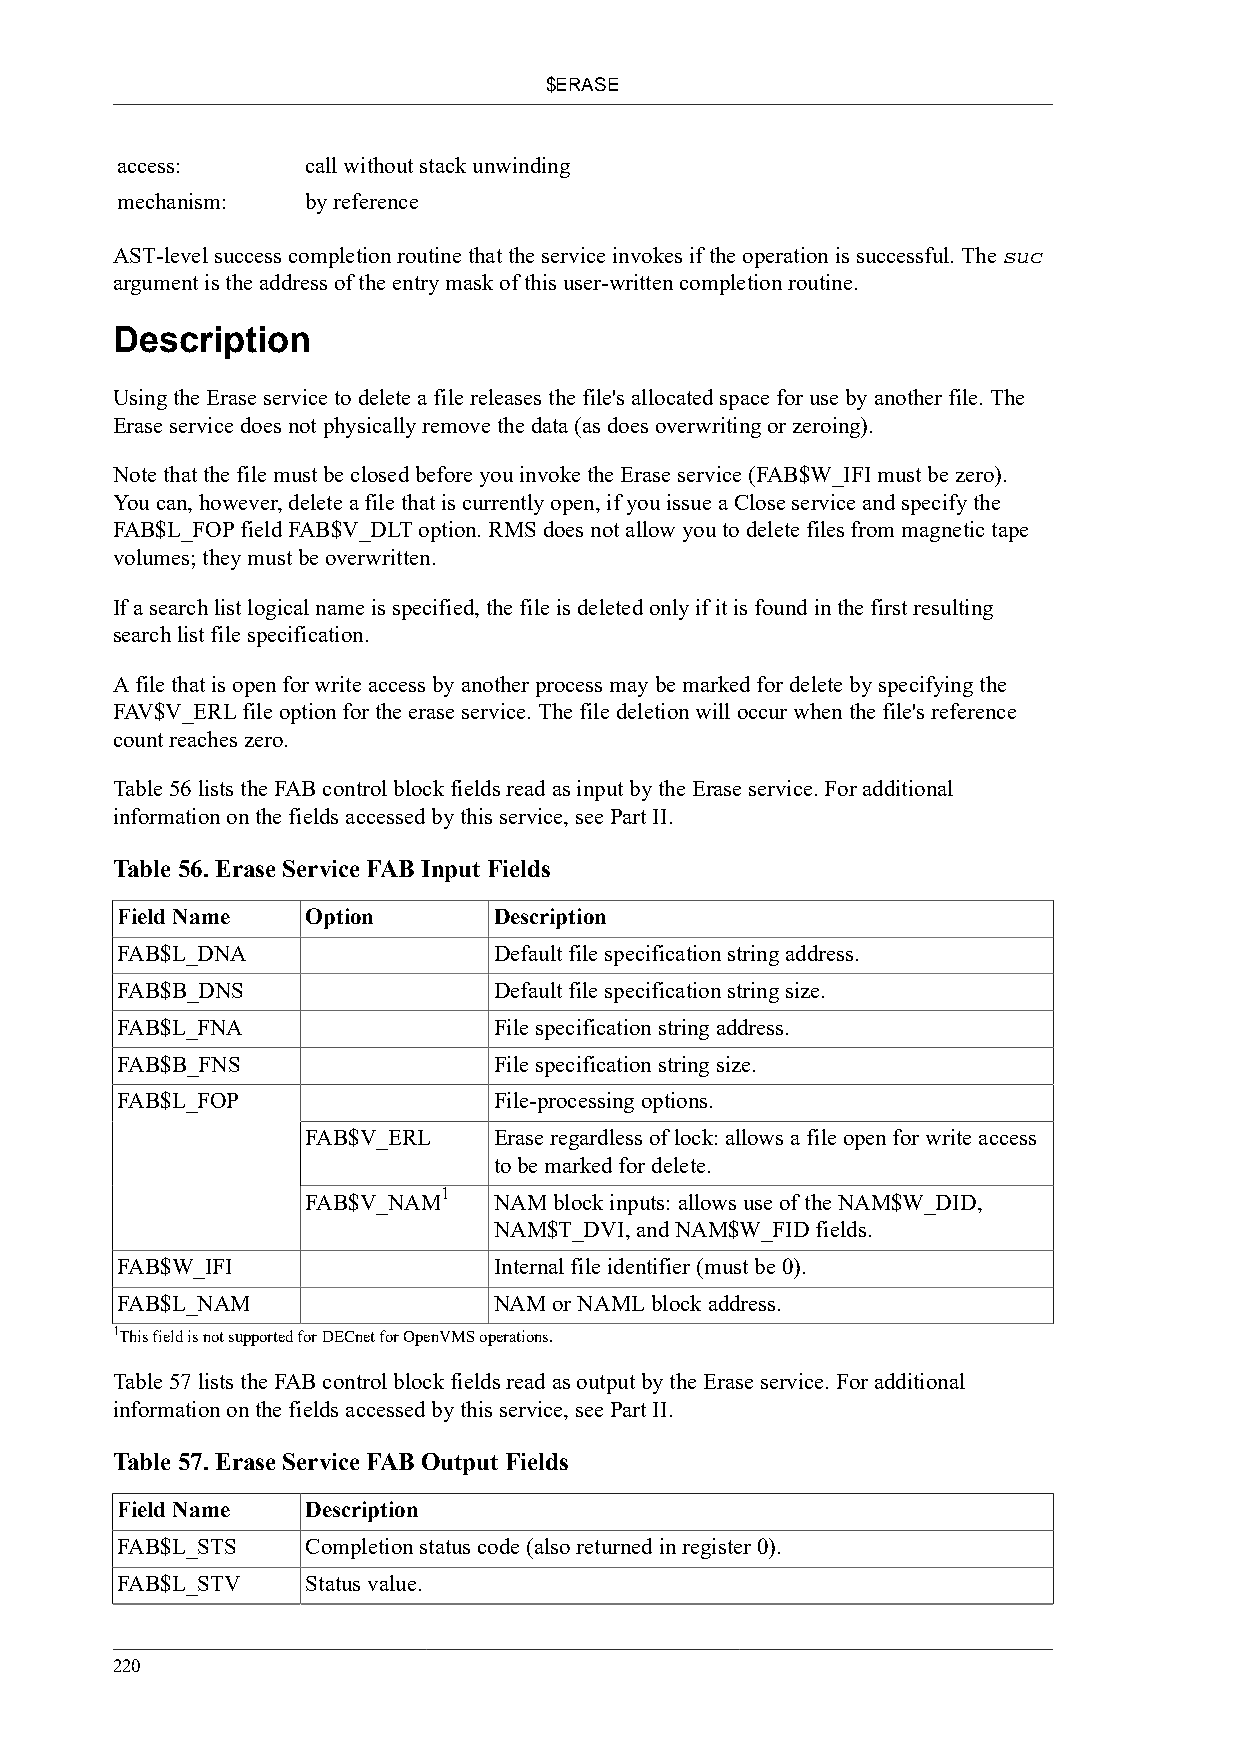
$ERASE
 access:     call without stack unwinding
 mechanism:  by reference
 AST-level success completion routine that the service invokes if the operation is successful. The suc
 argument is the address of the entry mask of this user-written completion routine.
 Description
 Using the Erase service to delete a file releases the file's allocated space for use by another file. The
 Erase service does not physically remove the data (as does overwriting or zeroing).
 Note that the file must be closed before you invoke the Erase service (FAB$W_IFI must be zero).
 You can, however, delete a file that is currently open, if you issue a Close service and specify the
 FAB$L_FOP field FAB$V_DLT option. RMS does not allow you to delete files from magnetic tape
 volumes; they must be overwritten.
 If a search list logical name is specified, the file is deleted only if it is found in the first resulting
 search list file specification.
 A file that is open for write access by another process may be marked for delete by specifying the
 FAV$V_ERL file option for the erase service. The file deletion will occur when the file's reference
 count reaches zero.
 Table 56 lists the FAB control block fields read as input by the Erase service. For additional
 information on the fields accessed by this service, see Part II.
 Table 56. Erase Service FAB Input Fields
 Field Name  Option       Description
 FAB$L_DNA                Default file specification string address.
 FAB$B_DNS                Default file specification string size.
 FAB$L_FNA                File specification string address.
 FAB$B_FNS                File specification string size.
 FAB$L_FOP                File-processing options.
 FAB$V_ERL    Erase regardless of lock: allows a file open for write access
 to be marked for delete.
 1
 FAB$V_NAM    NAM block inputs: allows use of the NAM$W_DID,
 NAM$T_DVI, and NAM$W_FID fields.
 FAB$W_IFI                Internal file identifier (must be 0).
 FAB$L_NAM                NAM or NAML block address.
 1This field is not supported for DECnet for OpenVMS operations.
 Table 57 lists the FAB control block fields read as output by the Erase service. For additional
 information on the fields accessed by this service, see Part II.
 Table 57. Erase Service FAB Output Fields
 Field Name  Description
 FAB$L_STS   Completion status code (also returned in register 0).
 FAB$L_STV   Status value.
 220